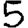
Digit: 5